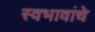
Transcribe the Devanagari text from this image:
स्वभावांचे